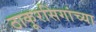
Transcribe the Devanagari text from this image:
ठाकूरसिंगांच्या